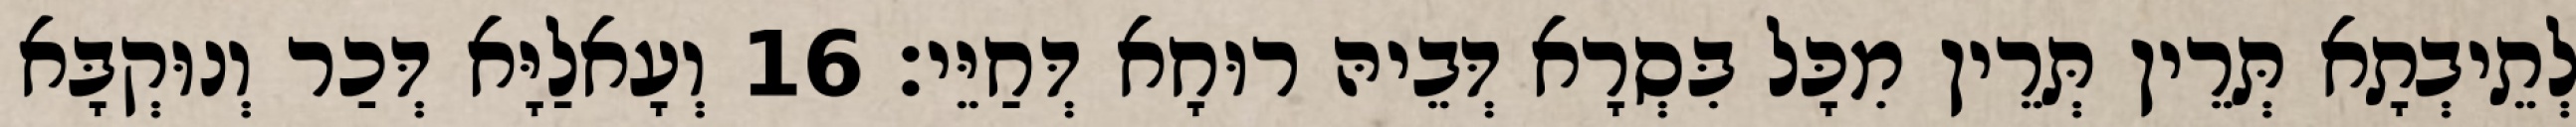
לְתֵיבְתָא תְּרֵין תְּרֵין מִכָּל בִּסְרָא דְּבֵיהּ רוּחָא דְּחַיֵּי׃ 16 וְעָאלַיָּא דְּכַר וְנוּקְבָּא